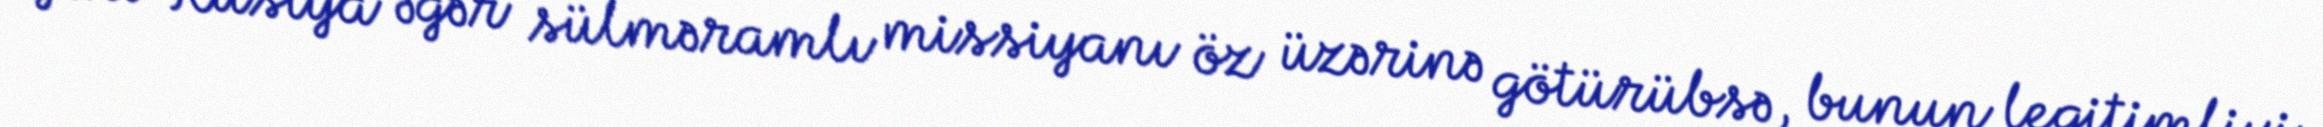
Yəni Rusiya əgər sülməramlı missiyanı öz üzərinə götürübsə, bunun legitimliyi